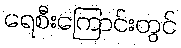
ရေစီးကြောင်းတွင်